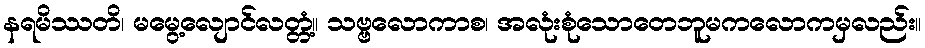
နရမိဿတိ၊ မမွေ့လျောင်လတ္တံ့။ သဗ္ဗလောကာစ၊ အလုံးစုံသောတေဘူမကလောကမှလည်း။